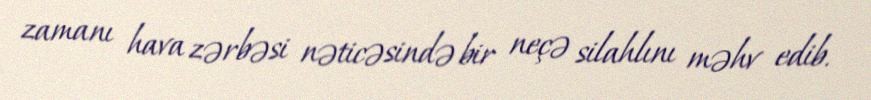
zamanı hava zərbəsi nəticəsində bir neçə silahlını məhv edib.